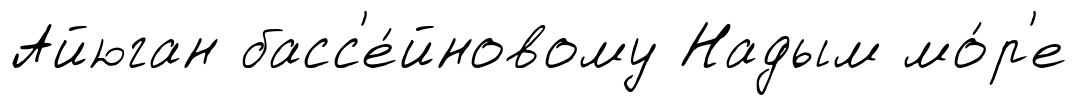
Айюган басс'е́йновому Надым мо́р'е